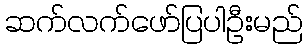
ဆက်လက်ဖော်ပြပါဦးမည်